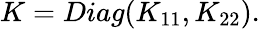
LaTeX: \begin{array}{r}{K=Diag(K_{11},K_{22}).}\end{array}